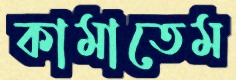
কামাতেম